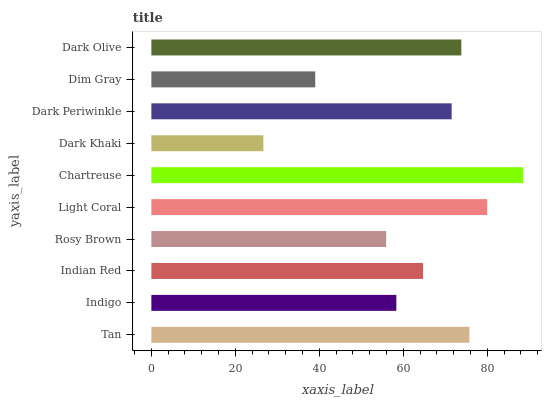
| yaxis_label | bars |
 | --- | --- |
 | Tan | 75.7 |
 | Indigo | 58.3 |
 | Indian Red | 64.7 |
 | Rosy Brown | 55.9 |
 | Light Coral | 79.9 |
 | Chartreuse | 88.5 |
 | Dark Khaki | 26.7 |
 | Dark Periwinkle | 71.5 |
 | Dim Gray | 39 |
 | Dark Olive | 73.8 |